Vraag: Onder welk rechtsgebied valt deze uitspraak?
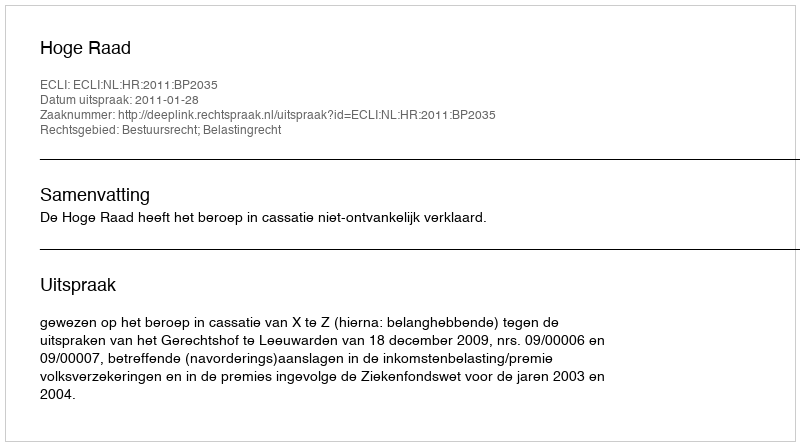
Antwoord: Bestuursrecht; Belastingrecht